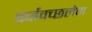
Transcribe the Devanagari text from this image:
कईवच्छलेण